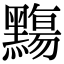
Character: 䵰